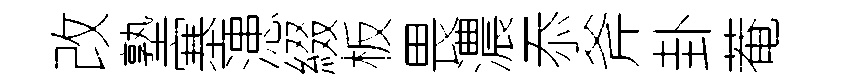
改塾塞漶綴板畏濃忝斧卦菴